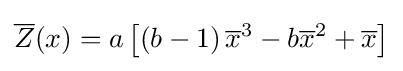
{\overline {Z}}(x)=a\left[\left(b-1\right){\overline {x}}^{3}-b{\overline {x}}^{2}+{\overline {x}}\right]